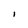
Character: i